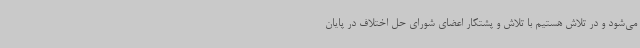
می‌شود و در تلاش هستیم با تلاش و پشتکار اعضای شورای حل اختلاف در پایان